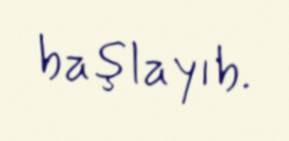
başlayıb.